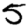
Digit: 5